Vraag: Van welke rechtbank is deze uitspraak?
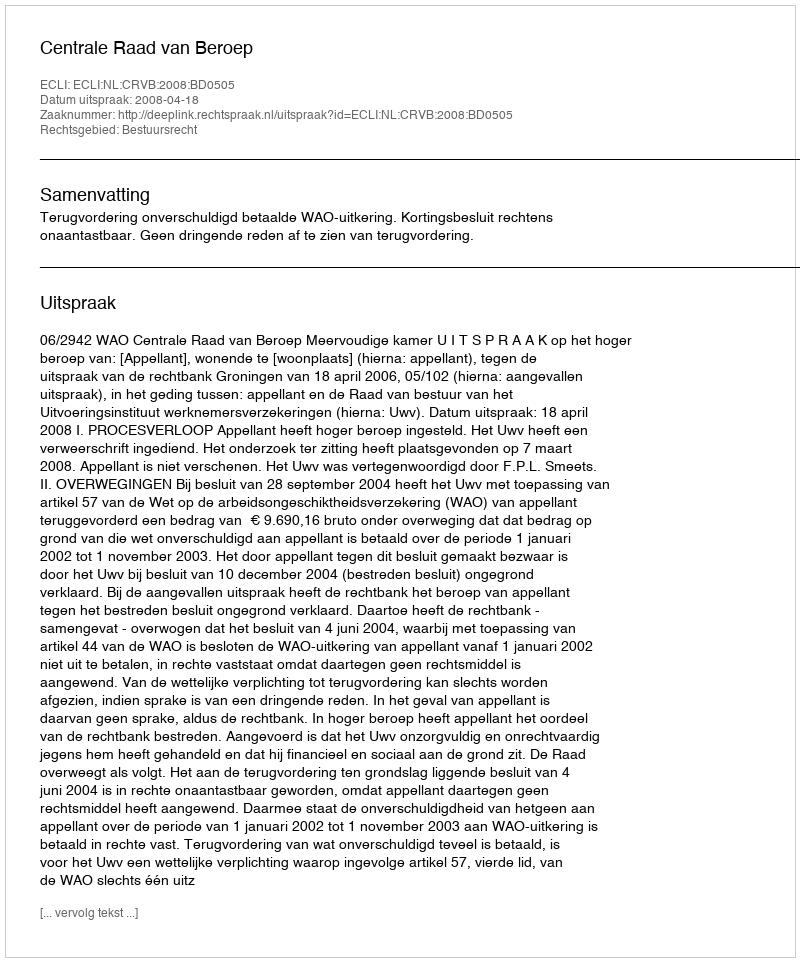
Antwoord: Centrale Raad van Beroep